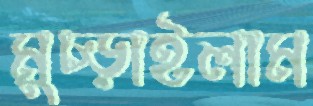
মুচ্‌ড়াইলাম